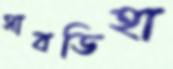
সাবডিহা